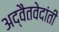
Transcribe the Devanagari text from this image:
अद्वैतवेदांती